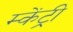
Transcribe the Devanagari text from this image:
म्केंट्री